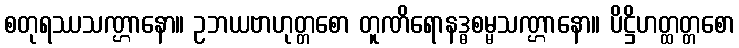
စတုရဿသဏ္ဌာနော။ ဥဘယဗာဟုတ္တစော တူဏိရောနဒ္ဓစမ္မသဏ္ဌာနော။ ပိဋ္ဌိဟတ္ထတ္တစော